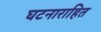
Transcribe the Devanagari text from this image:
घटनाराहित